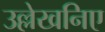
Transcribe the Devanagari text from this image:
उल्लेखनिए